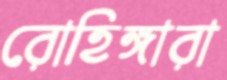
রোহিঙ্গারা